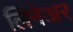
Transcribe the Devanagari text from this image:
लिनेअर